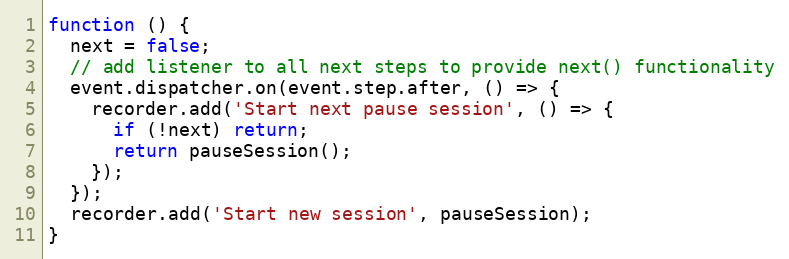
Language: JavaScript
function () {
  next = false;
  // add listener to all next steps to provide next() functionality
  event.dispatcher.on(event.step.after, () => {
    recorder.add('Start next pause session', () => {
      if (!next) return;
      return pauseSession();
    });
  });
  recorder.add('Start new session', pauseSession);
}